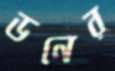
ডনের